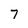
Character: 7